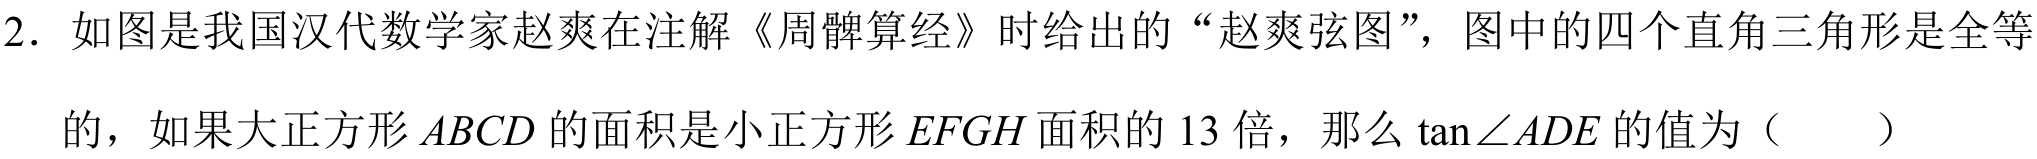
2. 如图是我国汉代数学家赵爽在注解《周髀算经》时给出的 “赵爽弦图”，图中的四个直角三角形是全等
的，如果大正方形 \(ABCD\) 的面积是小正方形 \(EFGH\) 面积的 13 倍，那么 \(\tan\angle ADE\) 的值为（  ）